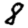
Digit: 8